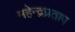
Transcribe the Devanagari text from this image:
महेन्द्रप्रताप